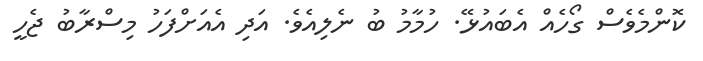
ކޮންމެވެސް ގޯހެއް އެބައުޅޭ. ހުމާމު ބު ނެލިއެވެ. އަދި އެއަށްފަހު މިސްރާބު ޖެހީ